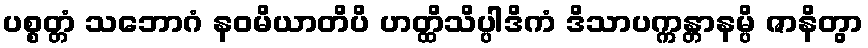
ပစ္စတ္တံ သဘောဂံ နဝမိယာတိပိ ဟတ္ထိသိပ္ပါဒိကံ ဒိသာပက္ကန္တာနမ္ပိ ဇာနိတွာ